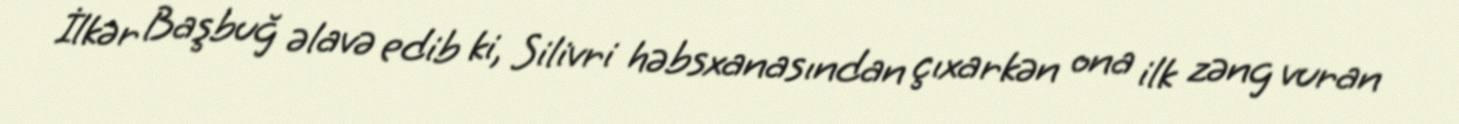
İlkər Başbuğ əlavə edib ki, Silivri həbsxanasından çıxarkən ona ilk zəng vuran